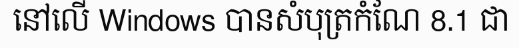
នៅលើ Windows បានសំបុត្រកំណែ 8.1 ជា